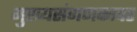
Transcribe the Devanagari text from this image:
मुख्यसंगणकावर